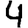
Digit: 4